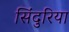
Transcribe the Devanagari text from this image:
सिंदुरिया